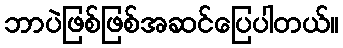
ဘာပဲဖြစ်ဖြစ်အဆင်ပြေပါတယ်။